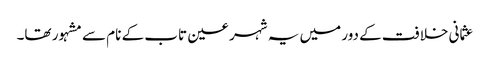
عثمانی خلافت کے دور میں یہ شہر عین تاب کے نام سے مشہور تھا۔